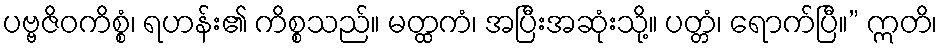
ပဗ္ဗဇိဝကိစ္စံ၊ ရဟန်း၏ ကိစ္စသည်။ မတ္ထကံ၊ အပြီးအဆုံးသို့။ ပတ္တံ၊ ရောက်ပြီ။” ဣတိ၊